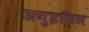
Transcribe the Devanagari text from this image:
अगुइनिस